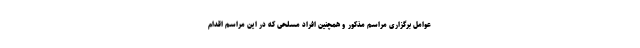
عوامل برگزاری مراسم مذکور و همچنین افراد مسلحی که در این مراسم اقدام